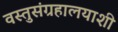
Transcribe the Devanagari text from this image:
वस्तुसंग्रहालयाशी